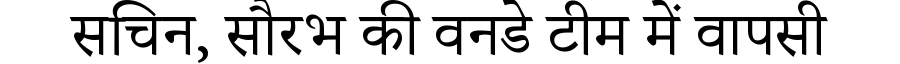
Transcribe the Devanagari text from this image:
सचिन, सौरभ की वनडे टीम में वापसी